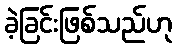
ခဲ့ခြင်းဖြစ်သည်ဟု